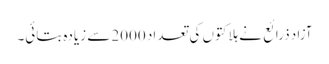
آزاد ذرائع نے ہلاکتوں کی تعداد 2000 سے زیادہ بتائی۔